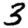
Digit: 3